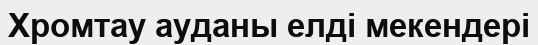
Хромтау ауданы елді мекендері